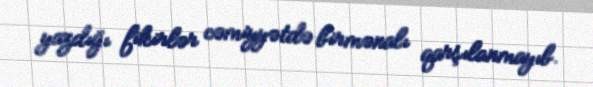
yazdığı fikirlər cəmiyyətdə birmənalı qarşılanmayıb.